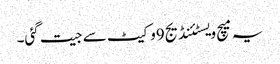
یہ میچ ویسٹئنڈیج9وکیٹ سے جیت گئی۔